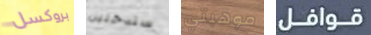
بروكسل ستدخلين موهبتي قوافل